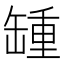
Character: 𦉂